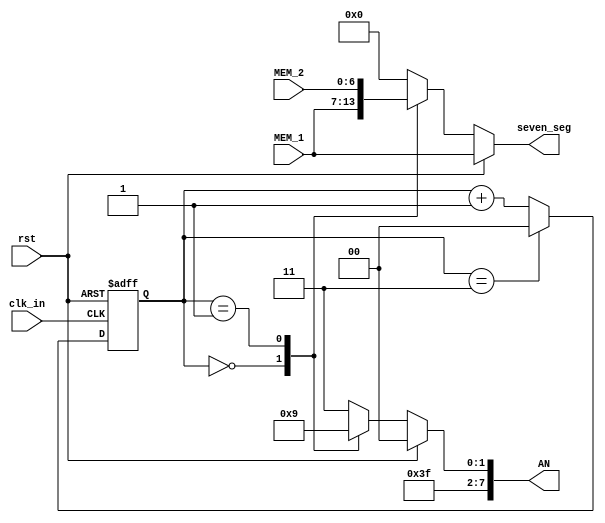
//////////////////////////////////////////////////////////////////////////////////
// Company: WPI	
// 
// Design Name: ECE574 Project2
// Module Name: AN_logic
// Project Name: ECE574 Project2
//////////////////////////////////////////////////////////////////////////////////

module AN_logic (
	input clk_in,
	input rst,
	
	input [6:0] MEM_1, MEM_2, //MEM_3, MEM_4,
	output reg [6:0] seven_seg,
	output reg [7:0] AN
	);
	
reg [1:0] counter; // count from 0 to 3

always@(posedge clk_in, posedge rst)
if (rst)
	counter <= 0;
else if (counter == 3)
	counter <= 0;
else
	counter <= counter + 1'b1;

always@(counter,rst)
if (rst)
	AN <= 8'b1111_1100;
else
	case(counter)
	0:	AN <= 8'b1111_1110;
	1:	AN <= 8'b1111_1101;
	default: AN <= 8'b1111_1111;
	//2:	AN <= 8'b1111_1011;
	//3:	AN <= 8'b1111_0111;
	endcase
	
always@(counter,rst, MEM_1, MEM_2)
if (rst)
	seven_seg <= MEM_1;
else
	case(counter)
	0: seven_seg <= MEM_1;
	1: seven_seg <= MEM_2;
	default seven_seg <= 7'b0000000;
	//2: seven_seg <= MEM_3;
	//3: seven_seg <= MEM_4;
	endcase
endmodule